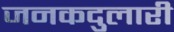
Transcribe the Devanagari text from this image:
जनकदुलारी